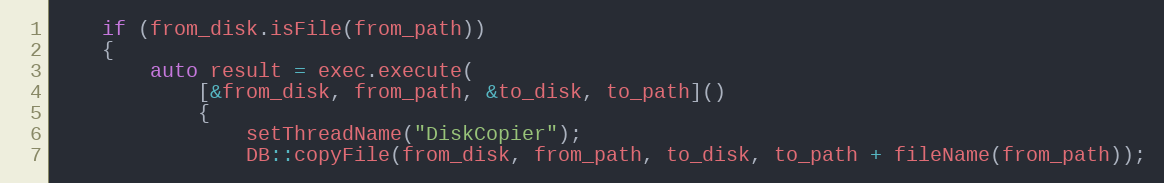
Language: C++
    if (from_disk.isFile(from_path))
    {
        auto result = exec.execute(
            [&from_disk, from_path, &to_disk, to_path]()
            {
                setThreadName("DiskCopier");
                DB::copyFile(from_disk, from_path, to_disk, to_path + fileName(from_path));